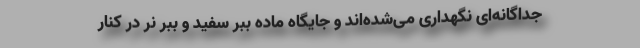
جداگانه‌ای نگهداری می‌شده‌اند و جایگاه ماده ببر سفید و ببر نر در کنار